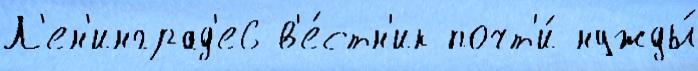
Л'ен'инград'е6 в'е́стн'ик почт'и́ нужды́